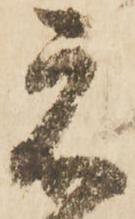
元